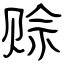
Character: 赊